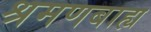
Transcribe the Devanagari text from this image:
श्रमणबाह्य